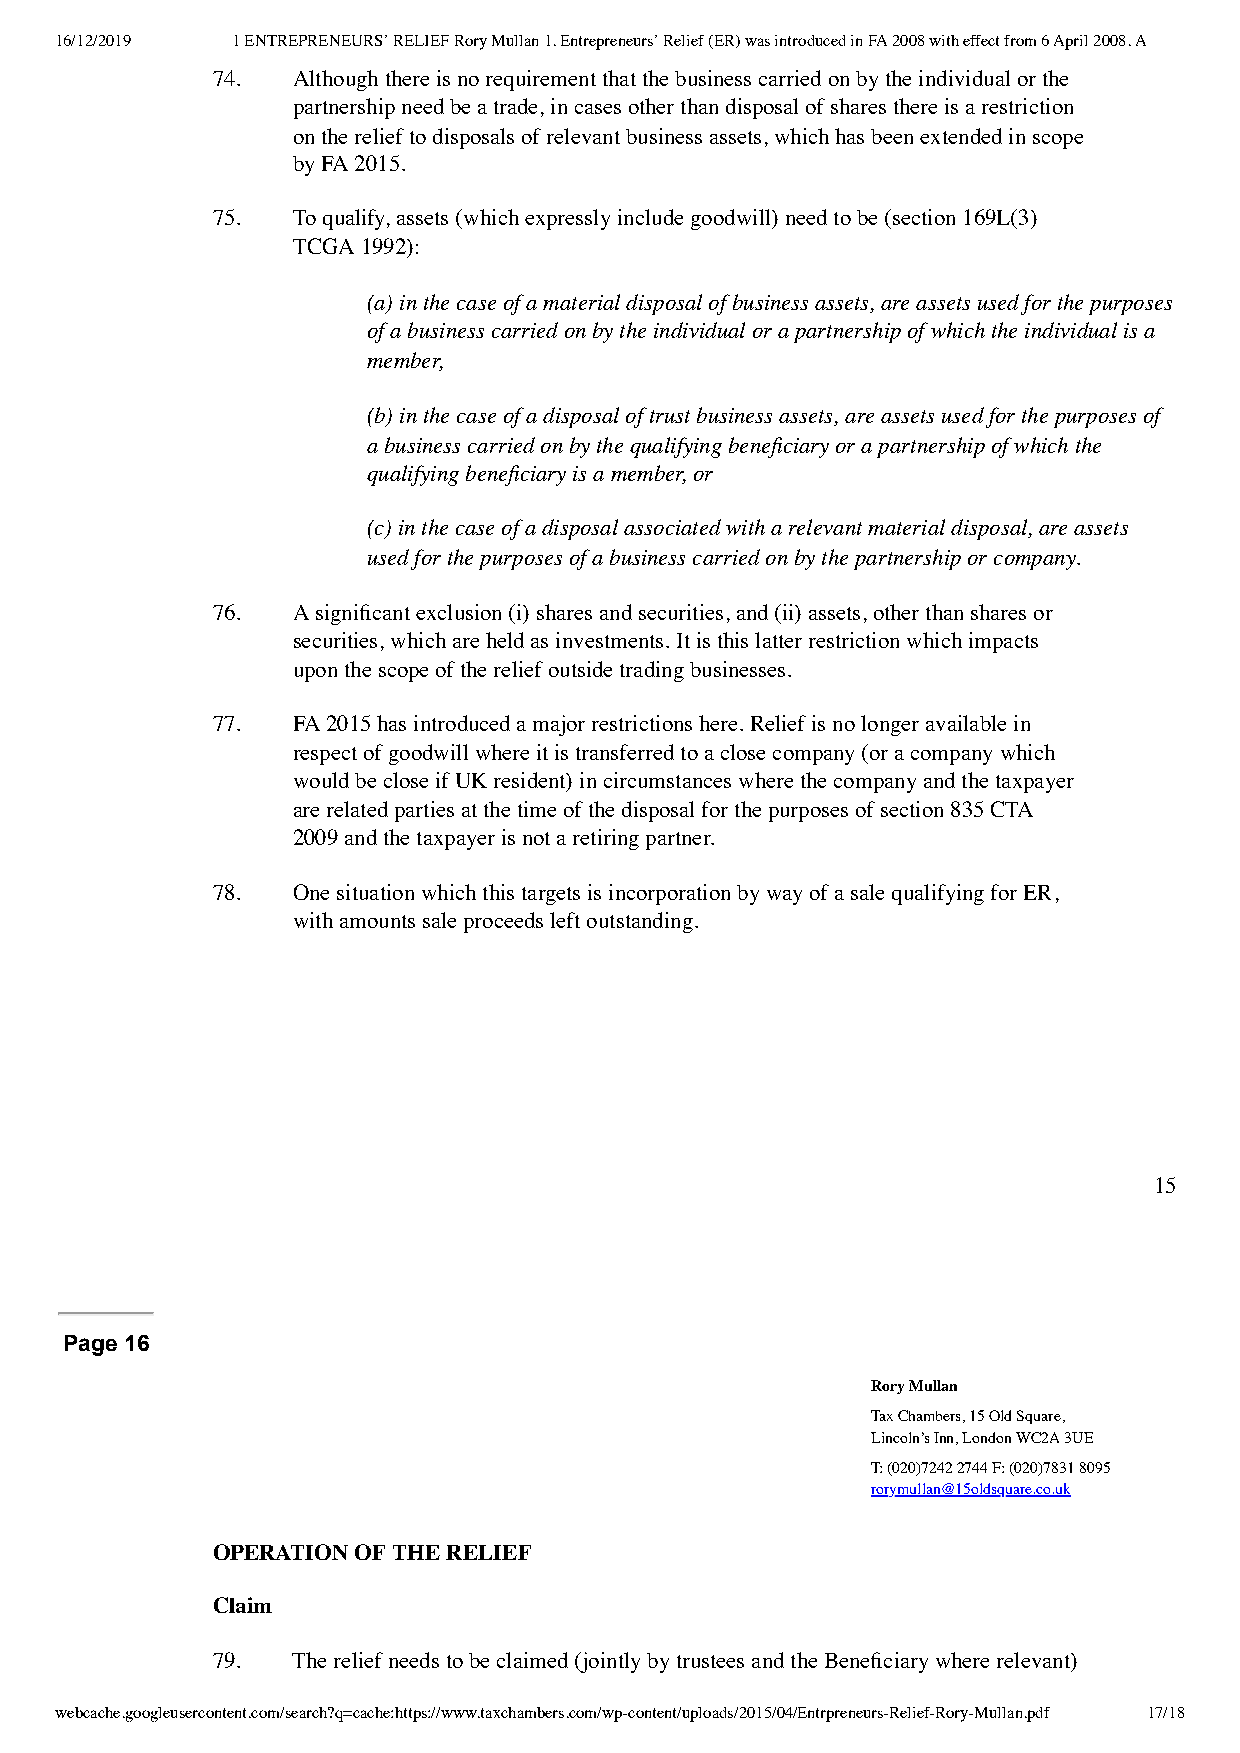
16/12/2019 1 ENTREPRENEURS’ RELIEF Rory Mullan 1. Entrepreneurs’ Relief (ER) was introduced in FA 2008 with effect from 6 April 2008. A
 74.  Although there is no requirement that the business carried on by the individual or the
 partnership need be a trade, in cases other than disposal of shares there is a restriction
 on the relief to disposals of relevant business assets, which has been extended in scope
 by FA 2015.
 75.  To qualify, assets (which expressly include goodwill) need to be (section 169L(3)
 TCGA 1992):
 (a) in the case of a material disposal of business assets, are assets used for the purposes
 of a business carried on by the individual or a partnership of which the individual is a
 member,
 (b) in the case of a disposal of trust business assets, are assets used for the purposes of
 a business carried on by the qualifying beneficiary or a partnership of which the
 qualifying beneficiary is a member, or
 (c) in the case of a disposal associated with a relevant material disposal, are assets
 used for the purposes of a business carried on by the partnership or company.
 76.  A significant exclusion (i) shares and securities, and (ii) assets, other than shares or
 securities, which are held as investments. It is this latter restriction which impacts
 upon the scope of the relief outside trading businesses.
 77.  FA 2015 has introduced a major restrictions here. Relief is no longer available in
 respect of goodwill where it is transferred to a close company (or a company which
 would be close if UK resident) in circumstances where the company and the taxpayer
 are related parties at the time of the disposal for the purposes of section 835 CTA
 2009 and the taxpayer is not a retiring partner.
 78.  One situation which this targets is incorporation by way of a sale qualifying for ER,
 with amounts sale proceeds left outstanding.
 15
 Page 16
 Rory Mullan
 Tax Chambers, 15 Old Square,
 Lincoln’s Inn, London WC2A 3UE
 T: (020)7242 2744 F: (020)7831 8095
 rorymullan@15oldsquare.co.uk
 OPERATION OF THE RELIEF
 Claim
 79.  The relief needs to be claimed (jointly by trustees and the Beneficiary where relevant)
 webcache.googleusercontent.com/search?q=cache:https://www.taxchambers.com/wp-content/uploads/2015/04/Entrpreneurs-Relief-Rory-Mullan.pdf 17/18